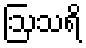
ဩသရိ